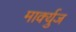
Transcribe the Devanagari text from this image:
मार्क्युज